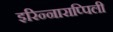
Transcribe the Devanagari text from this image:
इरिन्नाराप्पिली